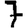
Digit: 7